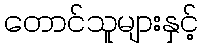
တောင်သူများနှင့်